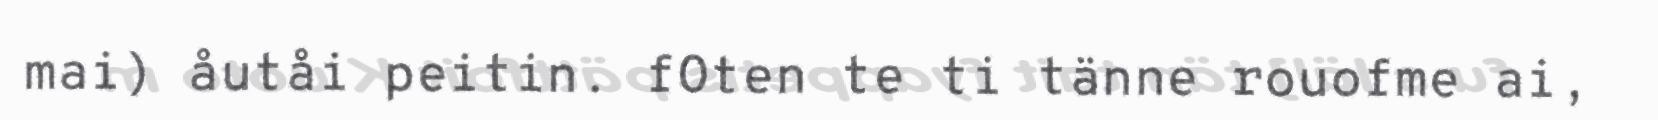
mai) åutåi peitin. fOten te ti tänne rouofme ai,